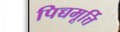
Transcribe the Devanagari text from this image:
पिच्चमूर्त्ति